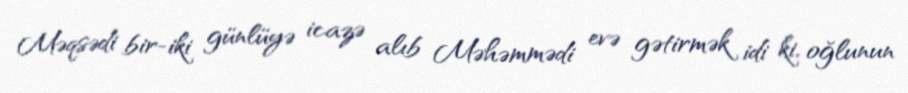
Məqsədi bir-iki günlüyə icazə alıb Məhəmmədi evə gətirmək idi ki, oğlunun